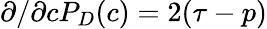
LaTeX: \partial/\partial cP_{D}(c)=2(\tau-p)